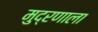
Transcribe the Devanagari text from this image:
मुद्रणाला